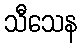
သီသေန